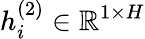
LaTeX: h_{i}^{(2)}\in\mathbb{R}^{1\times H}